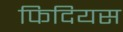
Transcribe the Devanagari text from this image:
फिदियस